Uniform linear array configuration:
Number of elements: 24
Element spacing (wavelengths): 0.5
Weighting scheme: blackman
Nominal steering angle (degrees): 30
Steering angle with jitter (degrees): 28.079
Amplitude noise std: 0.05
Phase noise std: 0.05

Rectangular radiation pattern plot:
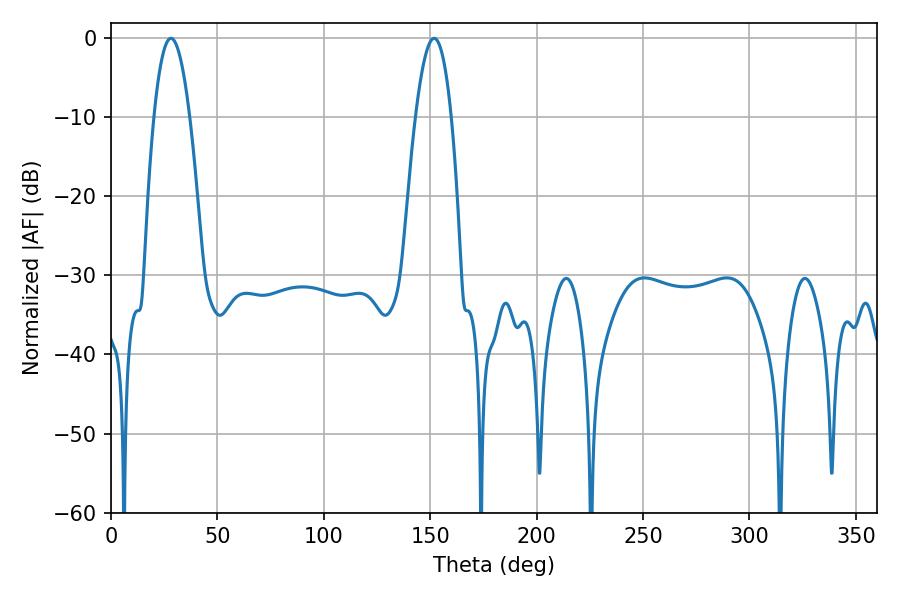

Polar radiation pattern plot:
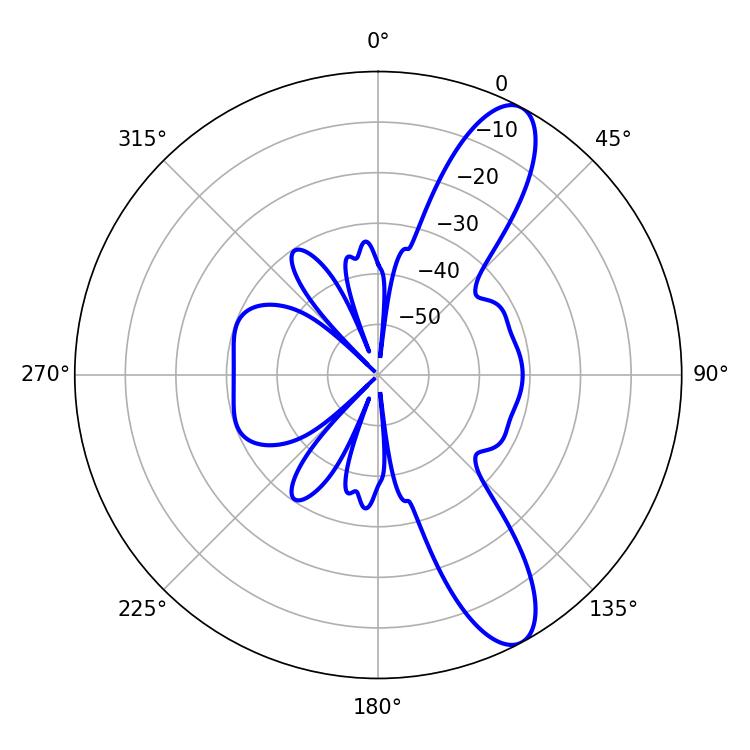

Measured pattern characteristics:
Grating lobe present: FALSE
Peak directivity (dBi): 10.848
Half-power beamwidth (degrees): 9.36
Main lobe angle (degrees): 28.08